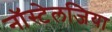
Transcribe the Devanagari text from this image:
नॉस्टेलजिया